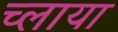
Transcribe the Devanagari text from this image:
च्लाया